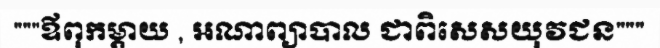
"""ឪពុកម្តាយ , អណាព្យាបាល ជាពិសេសយុវជន"""